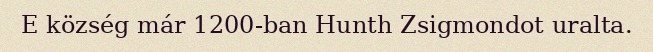
E község már 1200-ban Hunth Zsigmondot uralta.